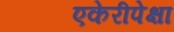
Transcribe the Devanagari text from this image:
एकेरीपेक्षा